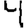
Digit: 4